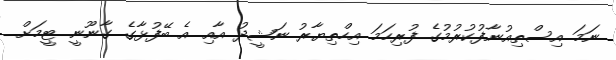
ނަމަ އިސްތިއުނާފުކުރުމުގެ ފުރިހަމަ އިހްތިޔާރު ނަޝީދު އާއި އެ ބޭފުޅާގެ ގާނޫނީ ޓީމަށް